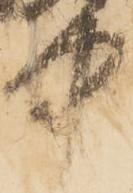
中